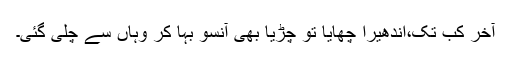
آخر کب تک،اندھیرا چھایا تو چڑیا بھی آنسو بہا کر وہاں سے چلی گئی۔